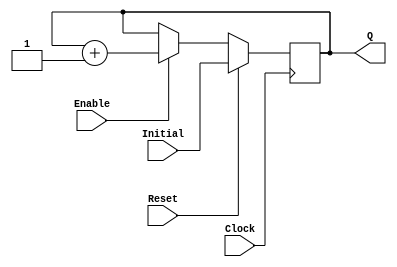
`timescale 1ns / 1ps
//------------------------------------------------
module UPCOUNTER_POSEDGE # (parameter SIZE=16)
(
input wire Clock, Reset,
input wire [SIZE-1:0] Initial,
input wire Enable,
output reg [SIZE-1:0] Q
);


  always @(posedge Clock )
  begin
      if (Reset)
        Q = Initial;
      else
		begin
		if (Enable)
			Q = Q + 1;
			
		end			
  end

endmodule

//----------------------------------------------------

module FFD_POSEDGE_SYNCRONOUS_RESET # ( parameter SIZE=8 )
(
	input wire				Clock,
	input wire				Reset,
	input wire				Enable,
	input wire [SIZE-1:0]	D,
	output reg [SIZE-1:0]	Q
);
	

always @ (posedge Clock) 
begin
	if ( Reset )
		Q <= 0;
	else
	begin	
		if (Enable) 
			Q <= D; 
	end	
 
end//always

endmodule


//----------------------------------------------------------------------

module RAM_SINGLE_READ_PORT # ( parameter DATA_WIDTH= 16, parameter
ADDR_WIDTH=8, parameter MEM_SIZE=8 )
(
	input wire Clock,
	input wire iWriteEnable,
	input wire[ADDR_WIDTH-1:0] iReadAddress,
	input wire[ADDR_WIDTH-1:0] iWriteAddress,
	input wire[DATA_WIDTH-1:0] iDataIn,
	output reg [DATA_WIDTH-1:0] oDataOut
);

reg [DATA_WIDTH-1:0] Ram [MEM_SIZE:0];

always @(posedge Clock)
	begin
	if (iWriteEnable)
		Ram[iWriteAddress] <= iDataIn;
	oDataOut <= Ram[iReadAddress];
	end
endmodule

//----------------------------------------------------

module ClockDiv2 
(	
	input wire Reset,
	input wire Clock,
	output reg Clock2
);

always@(posedge Clock)
	begin
	if(Reset)
		Clock2 =0;
	else
		Clock2 = ! Clock2;
	end	
	
endmodule

//----------------------------------------------------

module Reseter
(
	input wire Reset,
	input wire Clock,
	output reg newReset
);
reg [1:0] cuente;
reg [3:0] cuente2;

always@(posedge Clock)
	begin
	
		if(Reset)
		begin
			cuente <=0;
			newReset <=0;
			cuente2 <=0;
		end
		
		else if(cuente2 == 15)
		begin	
			newReset<=0;
			cuente <= cuente;
			cuente2 <= cuente2;
		end
		
		else if(cuente == 3)
		begin
			newReset <= 1;
			cuente2<= cuente2+1;
			cuente <= cuente;
		end
		
		else
		begin
			cuente <= cuente +1;
			newReset<=0;
			cuente2 <=0;
		end	
	end
endmodule

//----------------------------------------------------

/*module VGA 
(
input wire Clock, Reset2,
input wire [2:0] iColor,
output wire oHs,oVs,
output wire [2:0] oRGB,
output wire [15:0] oColorAddress
);
	wire Clock2;
	wire enableFila;
	wire ResetCol;
	wire ResetFila;
	wire [9:0] numColumna;
	wire [9:0] numFila;
	wire Reset, FinFila, FinColumna;
	
	ClockDiv2 clocker
	(
		.Clock(Clock),
		.Reset(Reset2),
		.Clock2(Clock2)
	);
	
	UPCOUNTER_POSEDGE #(.SIZE(10)) columnas  
	(
		.Clock(Clock2),
		.Reset(ResetCol),
		.Initial(10'd0),
		.Enable(1'b1),
		.Q(numColumna)
	);
	
	UPCOUNTER_POSEDGE #(.SIZE(10)) filas 
	(
		.Clock(Clock2),
		.Reset(ResetFila),
		.Initial(10'd0),
		.Enable(enableFila),
		.Q(numFila)
	);
	
	Reseter reseteador
	(
		.Clock(Clock),
		.Reset(Reset2),
		.newReset(Reset)
	);
	
	assign FinFila = (numFila == 521)? 1'b1 : 1'b0;
	assign FinColumna = (numColumna == 800)? 1'b1 : 1'b0;
	
	assign oHs = (numColumna >= 656 && numColumna <= 752)? 1'b0 : 1'b1;
	assign oVs = (numFila >= 490 && numFila <= 492)? 1'b0 : 1'b1;
	
	assign ResetCol = (FinColumna == 1 || Reset == 1)? 1'b1 : 1'b0;
	assign ResetFila = (FinFila == 1 || Reset == 1)? 1'b1 : 1'b0;
	
	assign enableFila = (FinColumna == 1)? 1'b1 : 1'b0;
	
	assign oRGB = ((numColumna > 192 && numColumna < 448) && (numFila > 112  && numFila < 368))? iColor : 3'd0;
	
	assign oColorAddress = ((numColumna > 192 && numColumna < 448) && (numFila > 112  && numFila < 368))? (numFila-113) * 256 + (numColumna-193) : 14'd0;

endmodule */